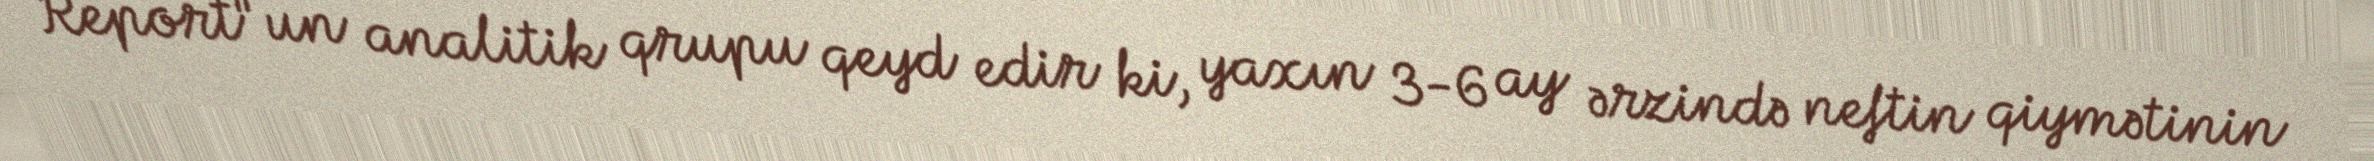
Report"un analitik qrupu qeyd edir ki, yaxın 3-6 ay ərzində neftin qiymətinin